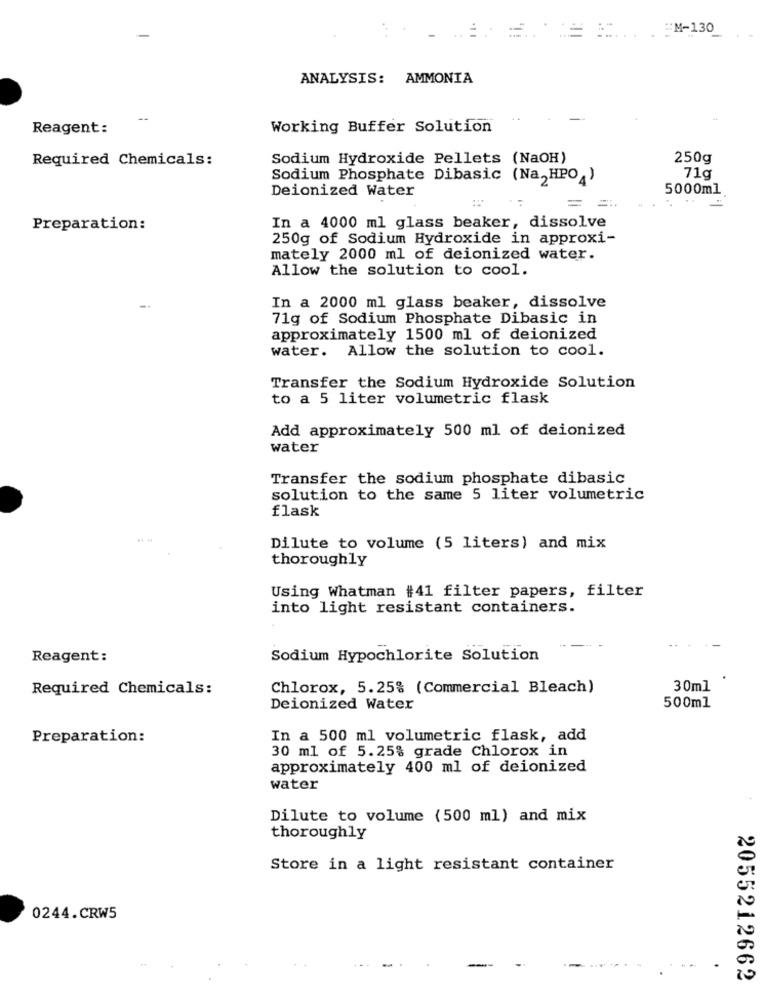
=.
..... . EM-130
ANALYSIS: AMMONIA
Reagent:
Working Buffer Solution
Required Chemicals:
Sodium Hydroxide Pellets (NaOH)
250g
Sodium Phosphate Dibasic (Na,HPO4)
71g
Deionized Water
5000ml
Preparation:
In a 4000 ml glass beaker, dissolve
250g of Sodium Hydroxide in approxi-
mately 2000 ml of deionized water.
Allow the solution to cool.
In a 2000 ml glass beaker, dissolve
71g of Sodium Phosphate Dibasic in
approximately 1500 ml of deionized
water. Allow the solution to cool.
Transfer the Sodium Hydroxide Solution
to a 5 liter volumetric flask
Add approximately 500 ml of deionized
water
Transfer the sodium phosphate dibasic
solution to the same 5 liter volumetric
flask
Dilute to volume (5 liters) and mix
thoroughly
Using Whatman #41 filter papers, filter
into light resistant containers.
Reagent:
Sodium Hypochlorite Solution
Required Chemicals:
Chlorox, 5.25% (Commercial Bleach)
30ml
Deionized Water
500ml
Preparation:
In a 500 ml volumetric flask, add
30 ml of 5.25% grade Chlorox in
approximately 400 ml of deionized
water
Dilute to volume (500 ml) and mix
thoroughly
Store in a light resistant container
0244.CRW5
--
2055212662